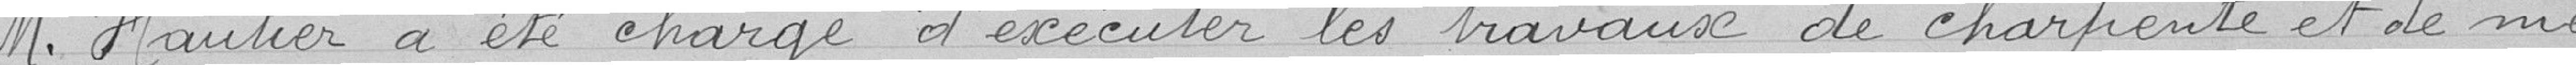
Monsieur Hautier a été chargé d'exécuter les travaux de charpente et de me